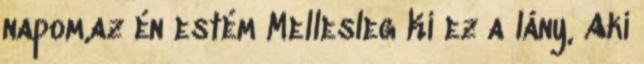
napom,az én estém Mellesleg Ki ez a lány, Aki